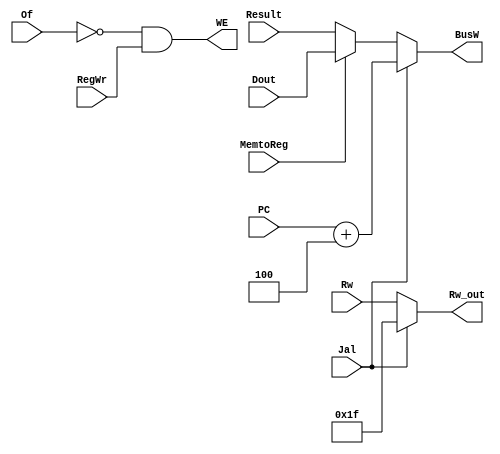
//
module WriteBack(
	input MemtoReg,								//
	input Of,
	input Jal,
	input RegWr,
	input [31:0] Dout,							//
	input [31:0] Result,						//ALU
	input [4:0] Rw,
	input [31:0] PC,
	
	output WE,
	output reg [31:0] BusW,						//
	output [4:0] Rw_out
);

assign WE= (~Of)&RegWr; 
assign Rw_out= (Jal==1) ? 5'd31:Rw;

always@(*) begin
	if(Jal)
		BusW<=PC+4;
	else if(MemtoReg)
		BusW<=Dout;
	else
		BusW<=Result;
end

endmodule